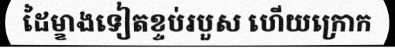
ដៃម្ខាងទៀតខ្ទប់របួស ហើយក្រោក